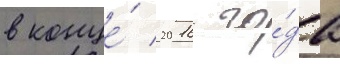
в конце́ 2016 го́да